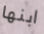
ابنها